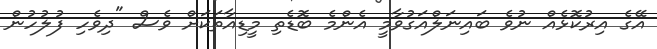
އޭގެ އިރުކޮޅެއް ނުވެ ބައިނަލްއަގުވާމީ އެންމެ ބޮޑެތި މީޑިއާތަކަށް ވެސް "ދިވެހި ފުލުހުން